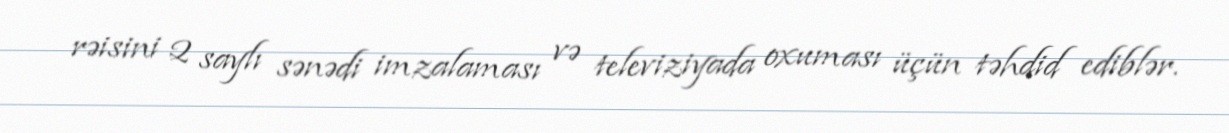
rəisini 2 saylı sənədi imzalaması və televiziyada oxuması üçün təhdid ediblər.